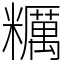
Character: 糲